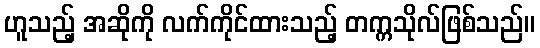
ဟူသည့် အဆိုကို လက်ကိုင်ထားသည့် တက္ကသိုလ်ဖြစ်သည်။